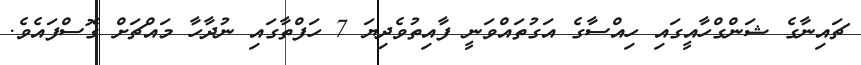
ޗައިނާގެ ޝަންގްހާއީގައި ހިއްސާގެ އަގުތައްވަނީ ފާއިތުވެދިޔަ 7 ހަފްތާގައި ނުދާހާ މައްޗަށް ގޮސްފައެވެ.